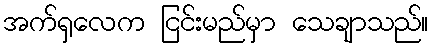
အက်ရှလေက ငြင်းမည်မှာ သေချာသည်။